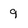
Character: 9